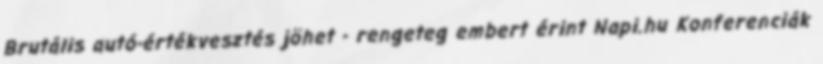
Brutális autó-értékvesztés jöhet - rengeteg embert érint Napi.hu Konferenciák